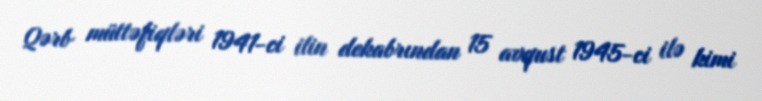
Qərb müttəfiqləri 1941-ci ilin dekabrından 15 avqust 1945-ci ilə kimi